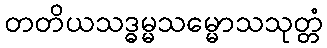
တတိယသဒ္ဓမ္မသမ္မောသသုတ္တံ